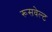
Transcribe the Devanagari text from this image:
रूसवेल्ट